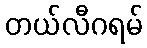
တယ်လီဂရမ်